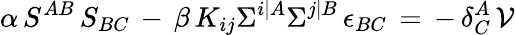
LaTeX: \alpha\, S^{AB}\, S_{BC}\, -\, \beta\, K_{ij}\Sigma^{i\vert A}\Sigma^{j\vert B}\, \epsilon_{BC}\, =\, -\, \delta_{C}^{A}\, \mathcal{V}